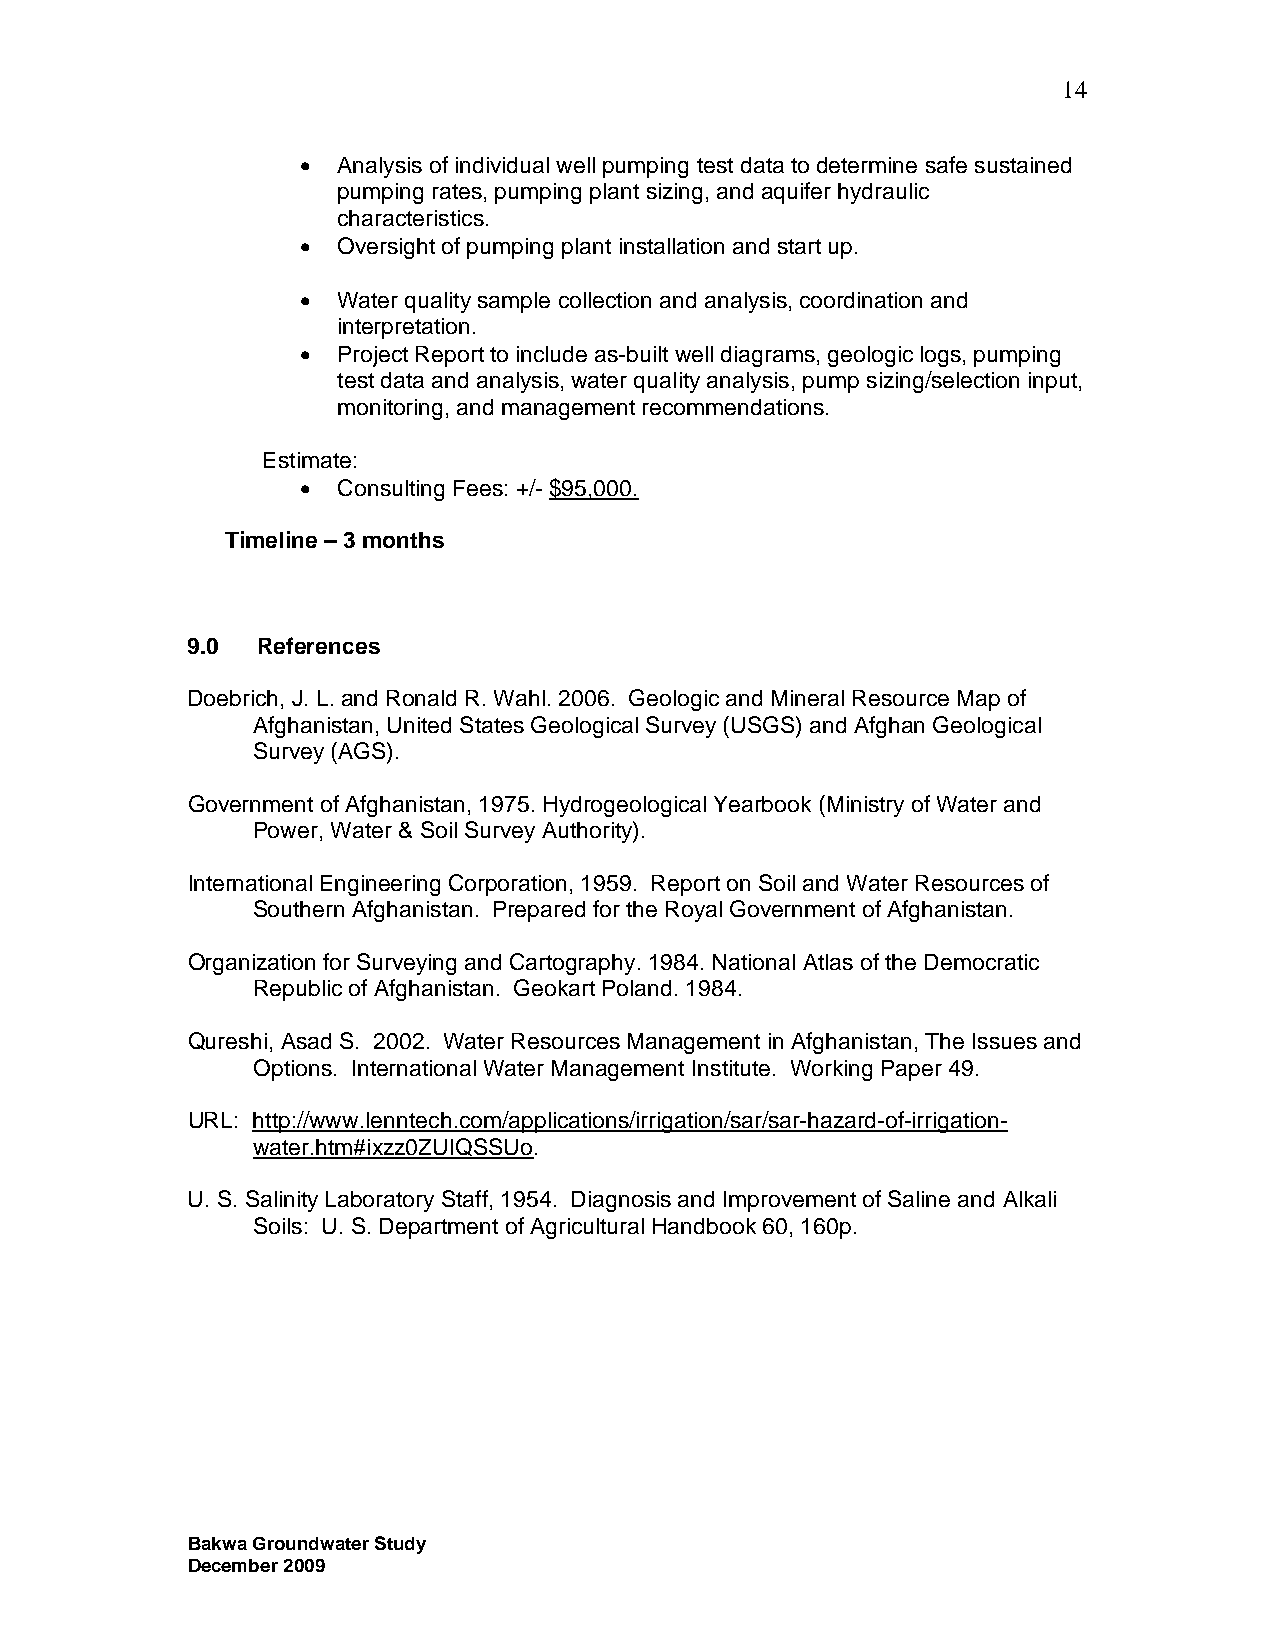
14
 • Analysis of individual well pumping test data to determine safe sustained
 pumping rates, pumping plant sizing, and aquifer hydraulic
 characteristics.
 • Oversight of pumping plant installation and start up.
 • Water quality sample collection and analysis, coordination and
 interpretation.
 • Project Report to include as-built well diagrams, geologic logs, pumping
 test data and analysis, water quality analysis, pump sizing/selection input,
 monitoring, and management recommendations.
 Estimate:
 • Consulting Fees: +/- $95,000.
 Timeline – 3 months
 9.0  References
 Doebrich, J. L. and Ronald R. Wahl. 2006. Geologic and Mineral Resource Map of
 Afghanistan, United States Geological Survey (USGS) and Afghan Geological
 Survey (AGS).
 Government of Afghanistan, 1975. Hydrogeological Yearbook (Ministry of Water and
 Power, Water & Soil Survey Authority).
 International Engineering Corporation, 1959. Report on Soil and Water Resources of
 Southern Afghanistan. Prepared for the Royal Government of Afghanistan.
 Organization for Surveying and Cartography. 1984. National Atlas of the Democratic
 Republic of Afghanistan. Geokart Poland. 1984.
 Qureshi, Asad S. 2002. Water Resources Management in Afghanistan, The Issues and
 Options. International Water Management Institute. Working Paper 49.
 URL: http://www.lenntech.com/applications/irrigation/sar/sar-hazard-of-irrigation-
 water.htm#ixzz0ZUIQSSUo.
 U. S. Salinity Laboratory Staff, 1954. Diagnosis and Improvement of Saline and Alkali
 Soils: U. S. Department of Agricultural Handbook 60, 160p.
 Bakwa Groundwater Study
 December 2009